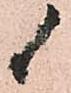
候